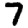
Digit: 7